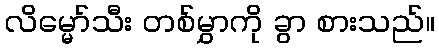
လိမ္မော်သီး တစ်မွှာကို ခွာ စားသည်။